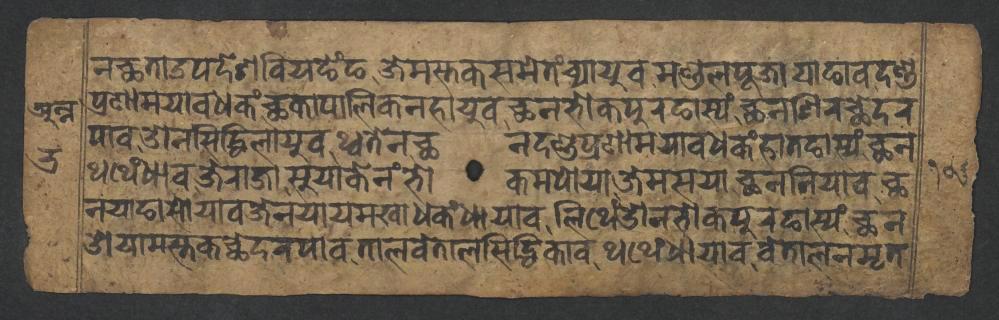
𑐣𑐕𑐟𑐵𑐄𑐥𑐡𑐾𑐱𑐧𑐶𑐫𑐒𑐾𑑄𑐒𑐖𑐾𑐩𑐳𑑂𑐟𑐎𑐳𑐩𑐾𑐟𑑄𑐔𑑂𑐫𑐵𑐫𑐸𑐰𑐩𑐞𑑂𑐜𑐮𑐥𑐹𑐖𑐵𑐫𑐵𑐒𑐵𑐰𑐡𑐞𑑂𑐜 𑐥𑑂𑐬𑐞𑐵𑐩𑐫𑐵𑐰𑐢𑐎𑑄𑐕𑐎𑐵𑐥𑐵𑐮𑐶𑐎𑐣𑐴𑐵𑐫𑐸𑐰𑐕𑐣𑐨𑑀𑐎𑐥𑐸𑐬𑐒𑐵𑐳𑑂𑐫𑑄𑐕𑐣𑐱𑐶𑐬𑐕𑐾𑐡𑐬 𑐥𑐵𑐰𑐌𑐣𑐳𑐶𑐡𑑂𑐢𑐶𑐮𑐵𑐫𑐸𑐰𑐠𑑂𑐰𑐟𑐾𑐣𑐕𑐣𑑂𑐡𑐞𑑂𑐜𑐥𑑂𑐬𑐞𑐵𑐩𑐫𑐵𑐰𑐢𑐎𑑄𑐴𑐵𑐟𑐒𑐵𑐳𑑂𑐫𑑄𑐕𑐣 𑐠𑐠𑐾𑑄𑐢𑐵𑐰𑐖𑐾𑐬𑐵𑐖𑐵𑐳𑐸𑐫𑐵𑐎𑐾𑐣𑑄𑐨𑑀𑐎𑐩𑐥𑑀𑐫𑐵𑐖𑐾𑐩𑐳𑐫𑐵𑐕𑐣𑐣𑐶𑐫𑐵𑐰𑐕 𑐣𑐫𑐵𑐒𑐵𑐳𑑀𑐫𑐵𑐰𑐖𑐾𑐣𑐫𑐵𑐫𑐩𑐏𑐵𑐢𑐎𑑄𑐢𑐵𑐫𑐵𑐰𑐮𑐶𑐠𑐾𑑄𑐌𑐣𑐨𑑀𑐎𑐥𑐸𑐬𑐒𑐵𑐳𑑂𑐫𑑄𑐕𑐣 𑐌𑐫𑐵𑐩𑐳𑑂𑐟𑐎𑐕𑐾𑐡𑐬𑐥𑐵𑐰𑐟𑐵𑐎𑐰𑐾𑐟𑐵𑐮𑐳𑐶𑐡𑑂𑐢𑐶𑐎𑐵𑐰𑐠𑐠𑐾𑑄𑐢𑐵𑐫𑐵𑐰𑐰𑐾𑐟𑐵𑐮𑐣𑐩𑐺𑐟